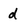
Character: d